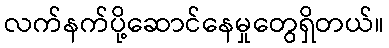
လက်နက်ပို့ဆောင်နေမှုတွေရှိတယ်။